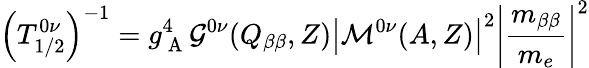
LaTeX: \left(T_{1/2}^{0\nu}\right)^{-1}=g_{\mathrm{~A~}}^{4}\mathcal{G}^{0\nu}(Q_{\beta\beta},Z)\left\vert\mathcal{M}^{0\nu}(A,Z)\right\vert^{2}\left\vert\frac{m_{\beta\beta}}{m_{e}}\right\vert^{2}